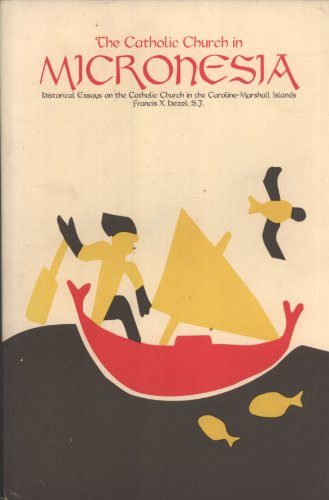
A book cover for The Catholic Church in Micronesia: Historical Essays on the Catholic Church in the Caroline-Marshall Islands; Francis X. Hezel; History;